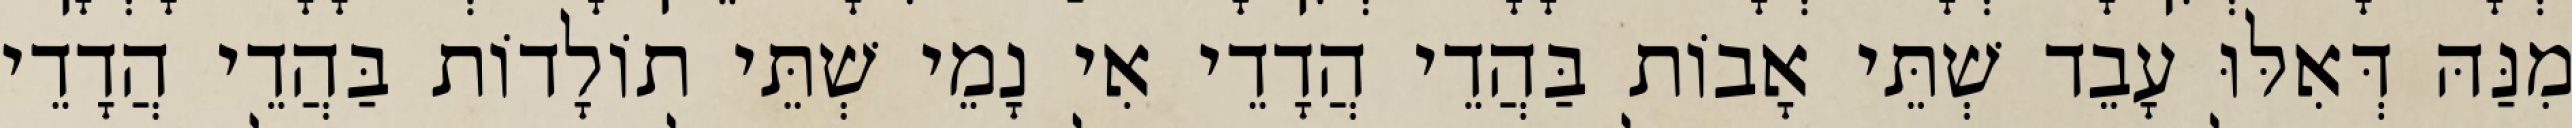
מִנַּהּ דְּאִלּוּ עָבֵד שְׁתֵּי אָבוֹת בַּהֲדֵי הֲדָדֵי אִי נָמֵי שְׁתֵּי תוֹלָדוֹת בַּהֲדֵי הֲדָדֵי